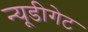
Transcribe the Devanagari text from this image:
न्यूडीगेट